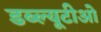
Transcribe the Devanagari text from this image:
डब्‍ल्‍यूटीओ